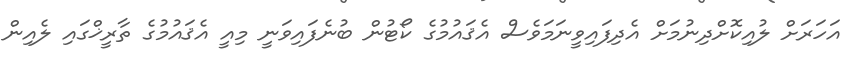
އަހަރަށް ލުއިކޮށްދިނުމަށް އެދިފައިވީނަމަވެސް އެޤައުމުގެ ކޯޓުން ބުނެފައިވަނީ މިއީ އެޤައުމުގެ ތާރީޚްގައި ލެއިން